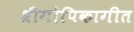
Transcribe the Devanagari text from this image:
श्रीगोपिकागीत